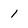
Character: 1